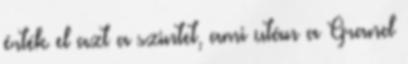
érték el azt a szintet, ami után a Grand